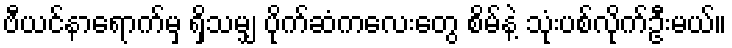
ဗီယင်နာရောက်မှ ရှိသမျှ ပိုက်ဆံကလေးတွေ စိမ်နဲ့ သုံးပစ်လိုက်ဦးမယ်။